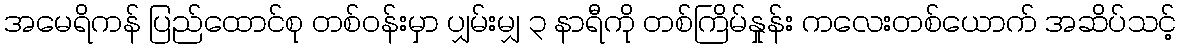
အမေရိကန် ပြည်ထောင်စု တစ်ဝန်းမှာ ပျှမ်းမျှ ၃ နာရီကို တစ်ကြိမ်နှုန်း ကလေးတစ်ယောက် အဆိပ်သင့်